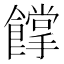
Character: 𩞦